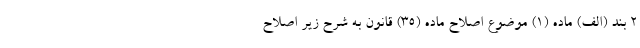
۲ بند (الف) ماده (۱) موضوع اصلاح ماده (۳۵) قانون به شرح زیر اصلاح